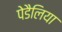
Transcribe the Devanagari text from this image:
पेडैलिया